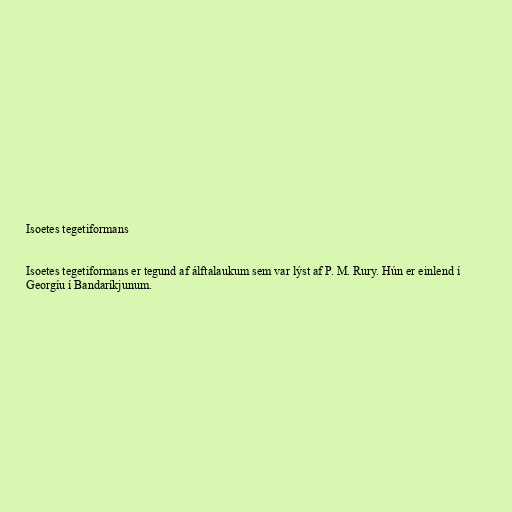
Isoetes tegetiformans

Isoetes tegetiformans er tegund af álftalaukum sem var lýst af P. M. Rury. Hún er einlend í
Georgíu í Bandaríkjunum.